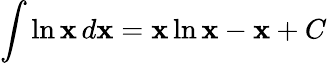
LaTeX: \int\ln\mathbf{x}\, d\mathbf{x}=\mathbf{x}\ln\mathbf{x}-\mathbf{x}+C